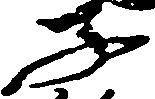
子